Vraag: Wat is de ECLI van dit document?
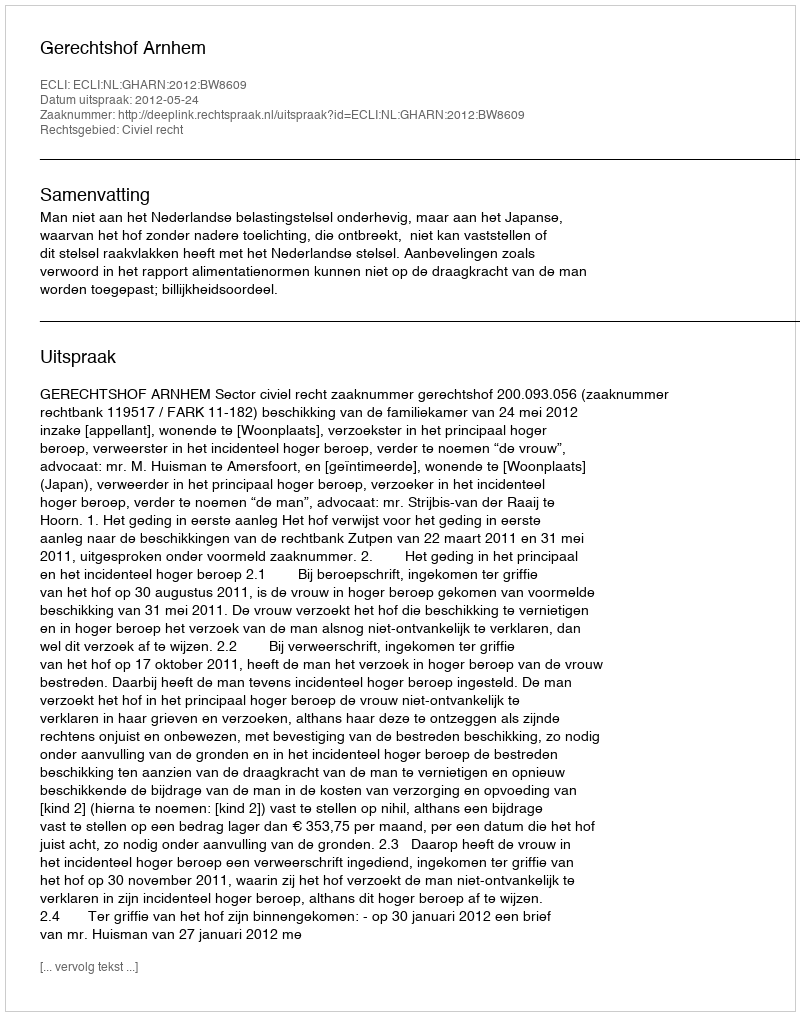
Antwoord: ECLI:NL:GHARN:2012:BW8609